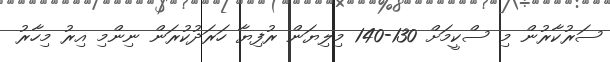
ސަރުކާރުން މި ސްކީމަށް 130-140 މިލިޔަން ރުފިޔާ ހަރަދުކުރަން ނިންމި އިރު މިހާރު